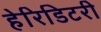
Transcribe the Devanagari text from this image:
हेरिडिटरी